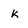
Character: k